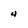
Character: 4